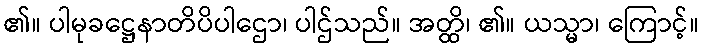
၏။ ပါမုခဋ္ဌေနာတိပိပါဌော၊ ပါဌ်သည်။ အတ္ထိ၊ ၏။ ယသ္မာ၊ ကြောင့်။